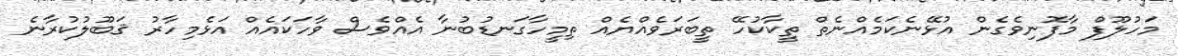
މަހުލޫފް މާފޮނިވެގެން އުޅޭނެކަމެއްނެތް ތީކާކުހޭ ތީބަރަވެއްޔެއް ތިމީހާގަނޑުބުނާ އެއްވެސް ވާހަކައެއް އަޅެމިހާރު ޤަބޫލުކުރާނެ